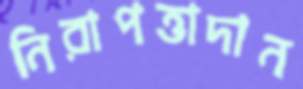
নিরাপত্তাদান